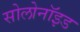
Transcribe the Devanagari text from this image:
सोलोनॉइड